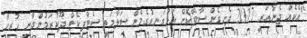
"އެކެއް ޖެނުއަރީ 2017 ފެށިގެން ސާވޭކޮށް އަޅުގަނޑުގެމެން ސަލާމަތީ ސެޓްފިކެޓް ދޫކުރަމުންދާނީ ހުރިހާ